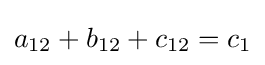
a_{12}+b_{12}+c_{12}=c_{1}